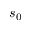
s _ { 0 }